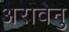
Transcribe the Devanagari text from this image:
अरावेनु